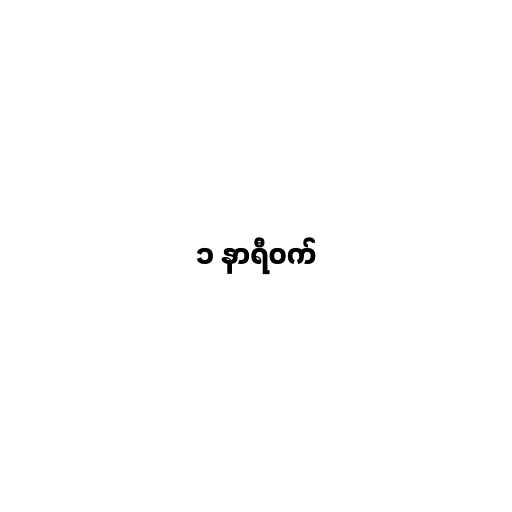
၁ နာရီဝက်